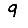
Digit: 9